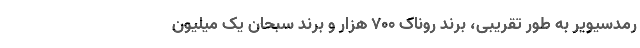
رمدسیویر به طور تقریبی، برند روناک ۷۰۰ هزار و برند سبحان یک میلیون